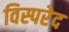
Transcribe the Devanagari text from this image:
विस्परेद